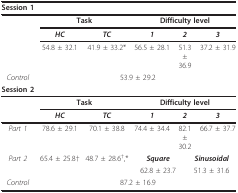
| Session 1 |  |  |  |  |  |  |
 | --- | --- | --- | --- | --- | --- | --- |
 |  | <COLSPAN=2> Task | <COLSPAN=4> Difficulty level |
 |  | HC | TC | 1 | <COLSPAN=2> 2 | 3 |
 |  | 54.8 ± 32.1 | 41.9 ± 33.2* | 56.5 ± 28.1 | <COLSPAN=2> 51.3 ± 36.9 | 37.2 ± 31.9 |
 | Control | <COLSPAN=6> 53.9 ± 29.2 |
 | Session 2 |  |  |  |  |  |  |
 |  | <COLSPAN=2> Task | <COLSPAN=4> Difficulty level |
 |  | HC | TC | 1 | <COLSPAN=2> 2 | 3 |
 | Part 1 | 78.6 ± 29.1 | 70.1 ± 38.8 | 74.4 ± 34.4 | <COLSPAN=2> 82.1 ± 30.2 | 66.7 ± 37.7 |
 | Part 2 | 65.4 ± 25.8† | 48.7 ± 28.6†,* | <COLSPAN=2> Square | <COLSPAN=2> Sinusoidal |
 |  |  |  | <COLSPAN=2> 62.8 ± 23.7 | <COLSPAN=2> 51.3 ± 31.6 |
 | Control | <COLSPAN=6> 87.2 ± 16.9 |